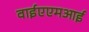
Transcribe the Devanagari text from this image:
वाईएएमआई